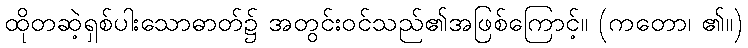
ထိုတဆဲ့ရှစ်ပါးသောဓာတ်၌ အတွင်းဝင်သည်၏အဖြစ်ကြောင့်။ (ကတော၊ ၏။)